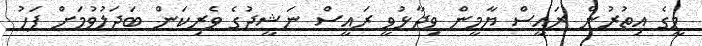
މީގެ އިތުރުން ރައީސް ޔާމީން ވިދާޅުވީ ރައީސް ނަޝީދުގެ ވެރިކަން ބަދަލުވުމަށް ފަހު